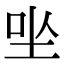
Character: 㘴